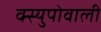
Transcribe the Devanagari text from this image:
क्स्युपोवाली